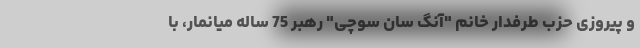
و پیروزی حزب طرفدار خانم "آنگ سان سوچی" رهبر 75 ساله میانمار، با